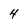
Character: 4